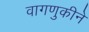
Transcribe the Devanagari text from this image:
वागणुकीने